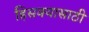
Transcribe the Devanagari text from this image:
हिसक्यासाठी